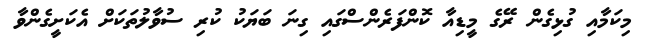
މިކަމާއި ގުޅިގެން ރޭގެ މީޑިއާ ކޮންފަރެންސްގައި ގިނަ ބަޔަކު ކުރި ސުވާލުތަަކަށް އެކަށީގެންވާ